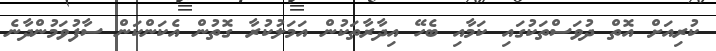
ކުރިއަށް އޮތް ދުވަސްތަކުގައި ކަމާއި ބެހޭ އިދާރާތަކުން އަމަލުކުރާ ގޮތުން އެކަންކަން ސާފުވަމުންދާނެ